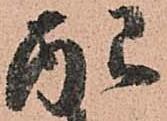
配